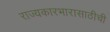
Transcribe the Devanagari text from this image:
राज्यकारभारासाठीची